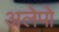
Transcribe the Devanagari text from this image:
अलेपो